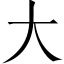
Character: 大